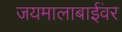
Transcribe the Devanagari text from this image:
जयमालाबाईंवर